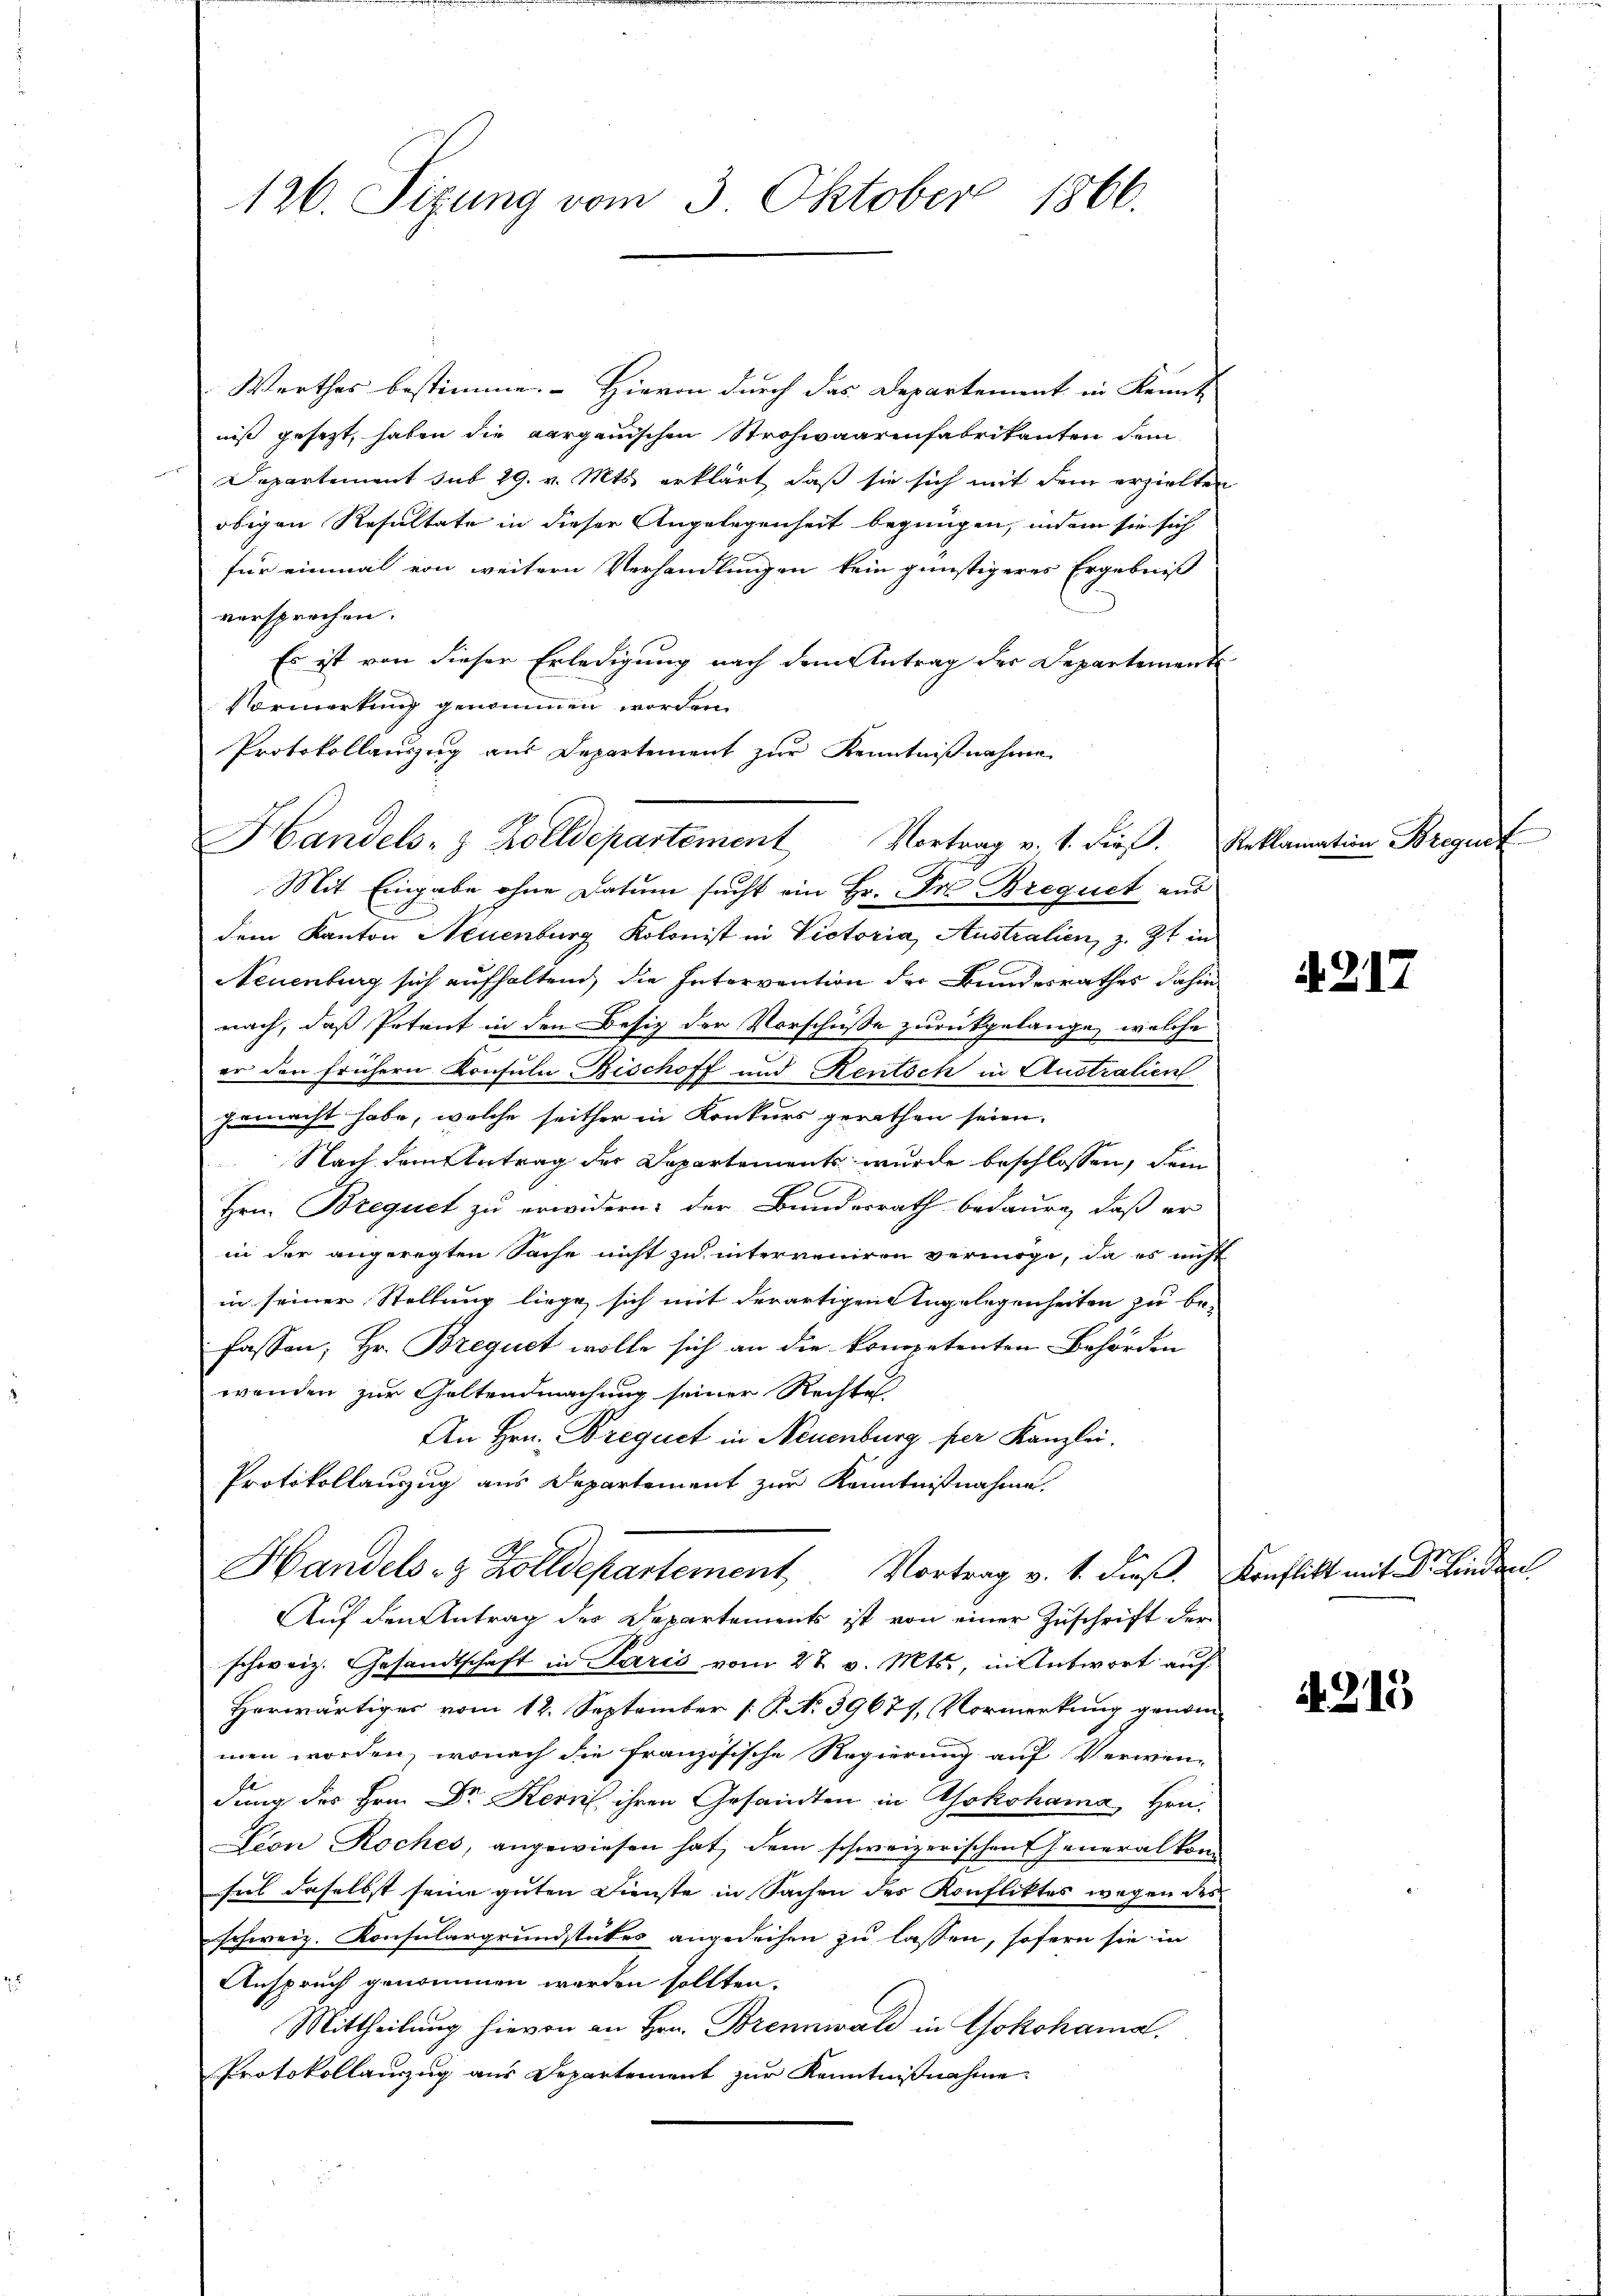
Werthes bestimme. Hievon durch das Departement in Kennt
niß gesezt, haben die aargauischen Strohwaarenfabrikanten dem
Departement sub 29. v. Mts. erklärt, daß sie sich mit dem erzielten
obigen Resultate in dieser Angelegenheit begnügen, indem sie sich
für einmal von weitern Verhandlungen kein günstigeres Ergebniß
versprochen.
Es ist von dieser Erledigung nach dem Antrag der Departement
Vormerkung genommen worden.
Protokollauszug aus Departement zur Kenntnißnahme
dem Kanton Neuenburg Kolonist in Victoria, Australien, z. Zt. in
Neuenburg sich aufhaltend, die Intervention der Bundesrathes dahin
nach, daß Petent in den Besitz der Vorschüsse zurückgelange, welche
er den frühern Konsula Bischoff und Rentsch in Australien
gemacht habe, welche seither in Konkurs gerathen seien.
Nach dem Antrag der Departements wurde beschlossen, dem
Hrn. Brequet zu erwidern: der Bundesrath bedaure, daß er
in der angeregten Sache nicht zu interveniren vermöge, da es nicht
in seiner Stellung liege, sich mit derartigen Angelegenheiten zu be-
fassen, Hr. Brequet wolle sich an die kompetenten Behörden
wenden zur Geltendmachung seiner Rechtes
An Hrn. Brequet in Neuenburg per Kanzlei.
Protokollauszug aus Departement zur Kenntnißnahme.
Handels- & Zolldepartement Vortrag v. 1. dieß. Konflikt mit Dr. Linde
Auf den Antrag des Departements ist von einer Zuschrift der
schweiz. Gesandtschaft in Paris vom 27. v. Mts., in Antwort auf
Herwärtiges vom 12. September [P. No 39677, Vormerkung genom-
men worden, wonach die französische Regierung auf Verwendung des Hrn. Dr Kern ihren Gesandten in Yokohama, Hrn.
Lion Roches, angewiesen hat, dem schweizerischen Generalkomsel daselbst seine guten Dienste in Sachen des Konfliktes wegen des
schweiz. Konsulargrundstutes angedeihen zu lassen, sofern sie in
Anspruch genommen werden sollten.
Mittheilung hievon an Hrn. Brennwald in Yokohama.
Protokollanzug aus Departement zur Kenntnißnahme.

Handels- & Zolldepartement Vortrag v. 1. dieβ. Reklamation Bregist
Mit Eingabe ohne Datum sucht ein Hr. Frl. Brequet aus

l
1866.
126. Sizung vom 3. Oktober

A. 217

4215

f